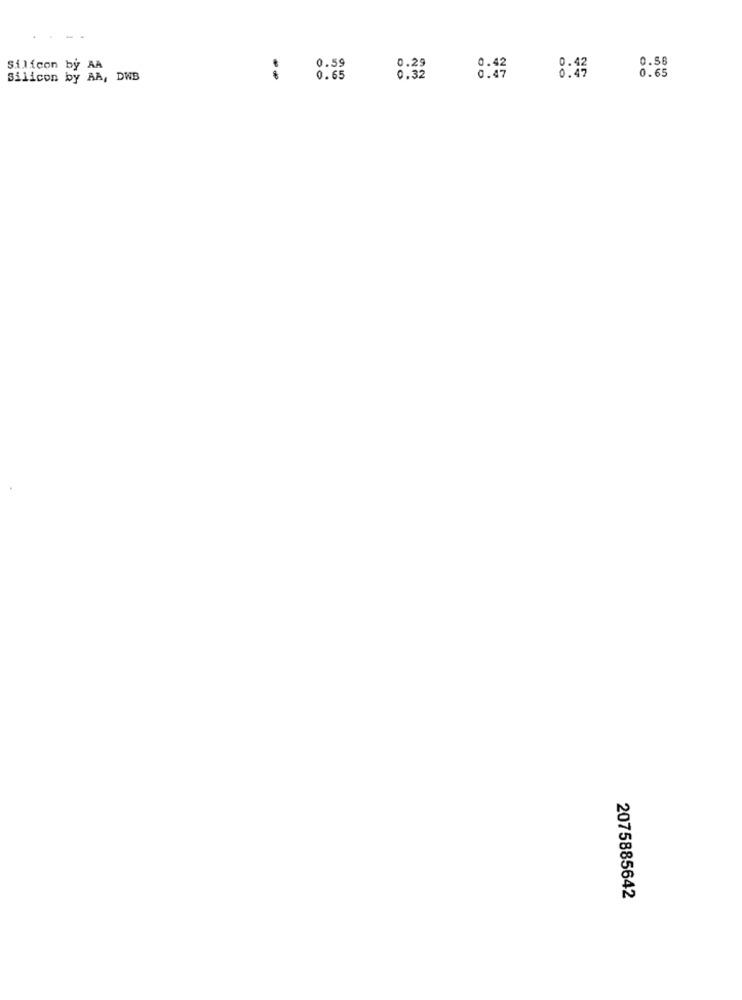
0.56
Silicon by AA
0.59
0.29
0.42
8:43
0.65
Silicon by AA, DWB
0.65
0.32
2075885642